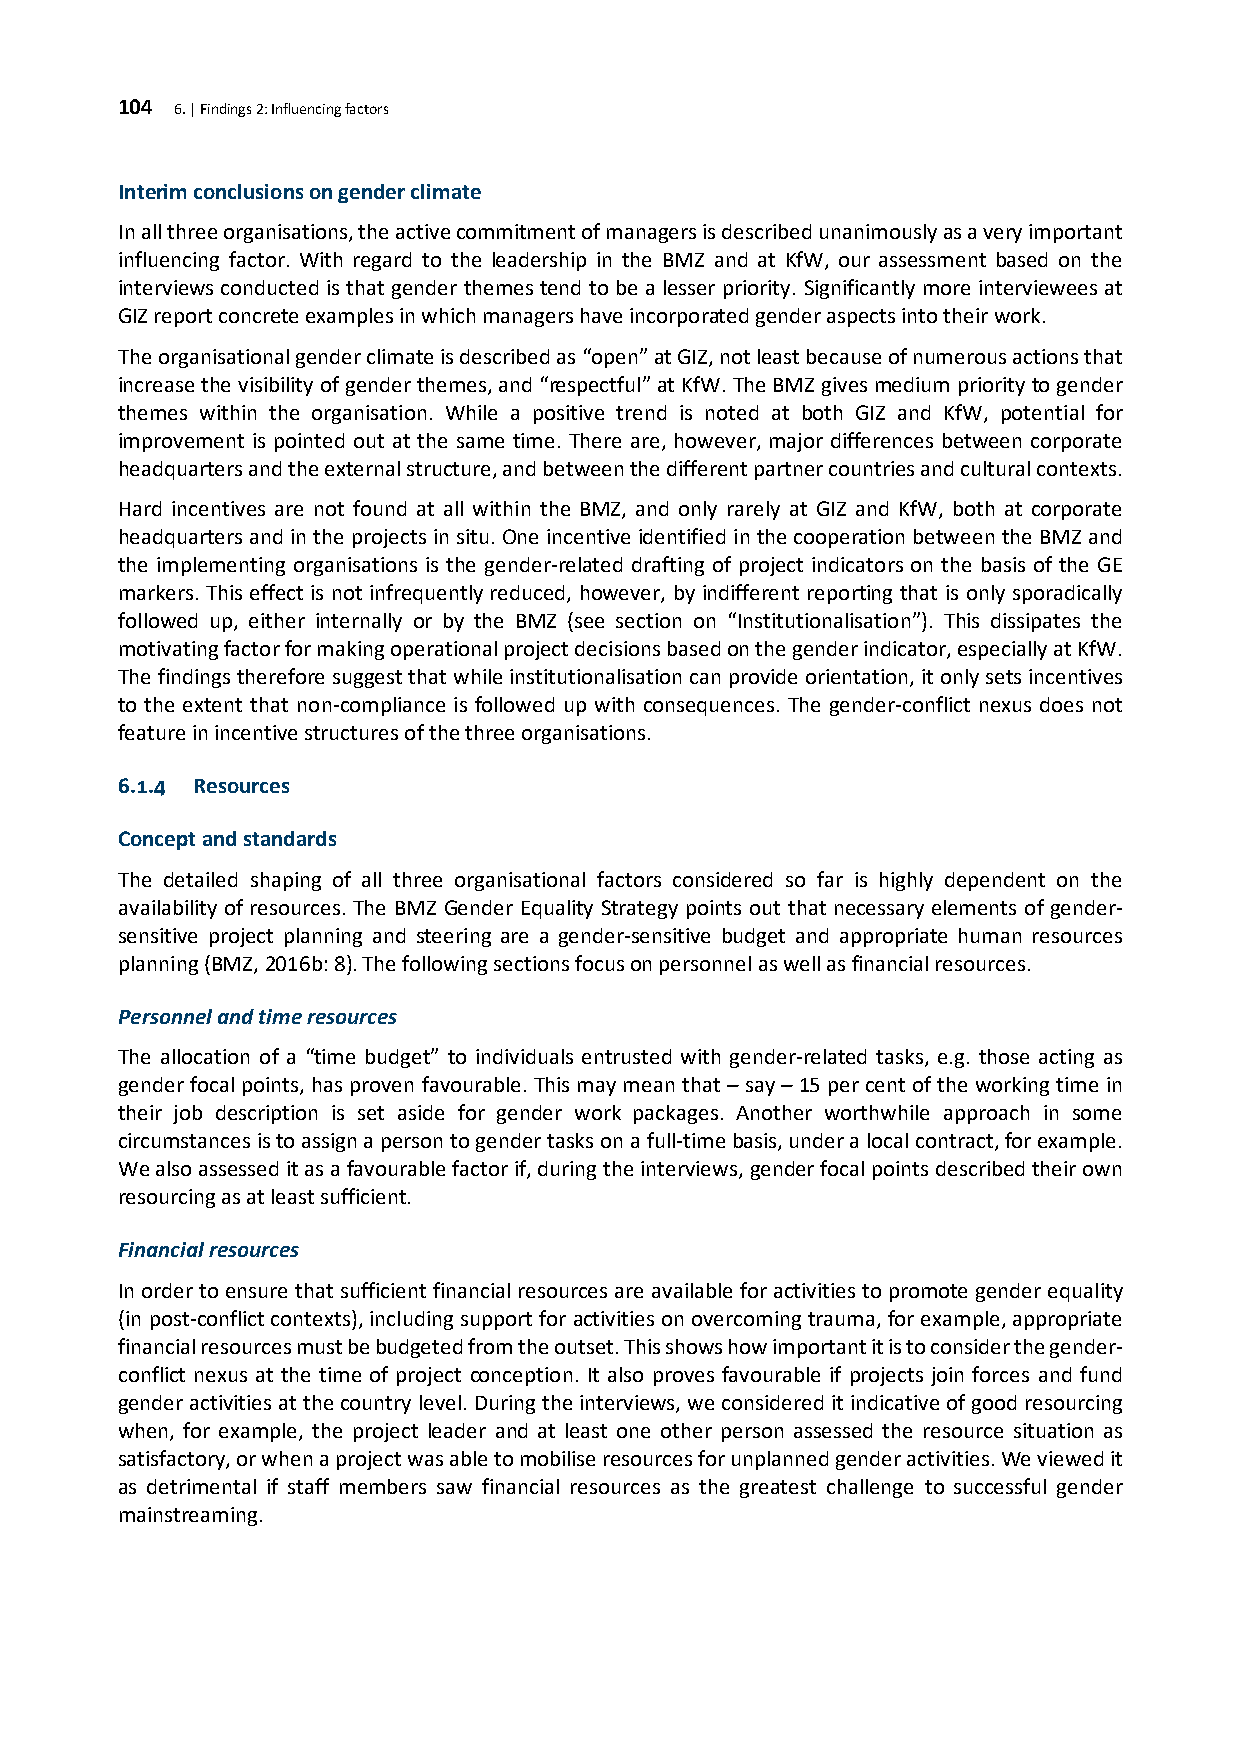
104 6. | Findings 2: Influencing factors
 Interim conclusions on gender climate
 In all three organisations, the active commitment of managers is described unanimously as a very important
 influencing factor. With regard to the leadership in the BMZ and at KfW, our assessment based on the
 interviews conducted is that gender themes tend to be a lesser priority. Significantly more interviewees at
 GIZ report concrete examples in which managers have incorporated gender aspects into their work.
 The organisational gender climate is described as “open” at GIZ, not least because of numerous actions that
 increase the visibility of gender themes, and “respectful” at KfW. The BMZ gives medium priority to gender
 themes within the organisation. While a positive trend is noted at both GIZ and KfW, potential for
 improvement is pointed out at the same time. There are, however, major differences between corporate
 headquarters and the external structure, and between the different partner countries and cultural contexts.
 Hard incentives are not found at all within the BMZ, and only rarely at GIZ and KfW, both at corporate
 headquarters and in the projects in situ. One incentive identified in the cooperation between the BMZ and
 the implementing organisations is the gender-related drafting of project indicators on the basis of the GE
 markers. This effect is not infrequently reduced, however, by indifferent reporting that is only sporadically
 followed up, either internally or by the BMZ (see section on “Institutionalisation”). This dissipates the
 motivating factor for making operational project decisions based on the gender indicator, especially at KfW.
 The findings therefore suggest that while institutionalisation can provide orientation, it only sets incentives
 to the extent that non-compliance is followed up with consequences. The gender-conflict nexus does not
 feature in incentive structures of the three organisations.
 6.1.4 Resources
 Concept and standards
 The detailed shaping of all three organisational factors considered so far is highly dependent on the
 availability of resources. The BMZ Gender Equality Strategy points out that necessary elements of gender-
 sensitive project planning and steering are a gender-sensitive budget and appropriate human resources
 planning (BMZ, 2016b: 8). The following sections focus on personnel as well as financial resources.
 Personnel and time resources
 The allocation of a “time budget” to individuals entrusted with gender-related tasks, e.g. those acting as
 gender focal points, has proven favourable. This may mean that – say – 15 per cent of the working time in
 their job description is set aside for gender work packages. Another worthwhile approach in some
 circumstances is to assign a person to gender tasks on a full-time basis, under a local contract, for example.
 We also assessed it as a favourable factor if, during the interviews, gender focal points described their own
 resourcing as at least sufficient.
 Financial resources
 In order to ensure that sufficient financial resources are available for activities to promote gender equality
 (in post-conflict contexts), including support for activities on overcoming trauma, for example, appropriate
 financial resources must be budgeted from the outset. This shows how important it is to consider the gender-
 conflict nexus at the time of project conception. It also proves favourable if projects join forces and fund
 gender activities at the country level. During the interviews, we considered it indicative of good resourcing
 when, for example, the project leader and at least one other person assessed the resource situation as
 satisfactory, or when a project was able to mobilise resources for unplanned gender activities. We viewed it
 as detrimental if staff members saw financial resources as the greatest challenge to successful gender
 mainstreaming.